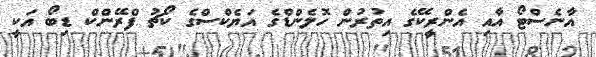
އާނެސްޓޯ އާއި އެންރީކޭގެ އިތުރުން ހޮލެންޑްގެ އަޔެކްސްގެ ކޯޗު ފްރޭންކް ޑިބޯ އަކީ